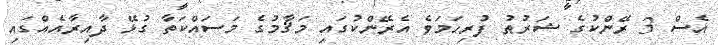
އެސް 3 ރޭންކުގެ ޝަރުޠު ފުރިހަމަވެ އެރޭންކުގައި މަޤާމުގެ މަސައްކަތާ ގުޅޭ ދާއިރާއެއްގައި